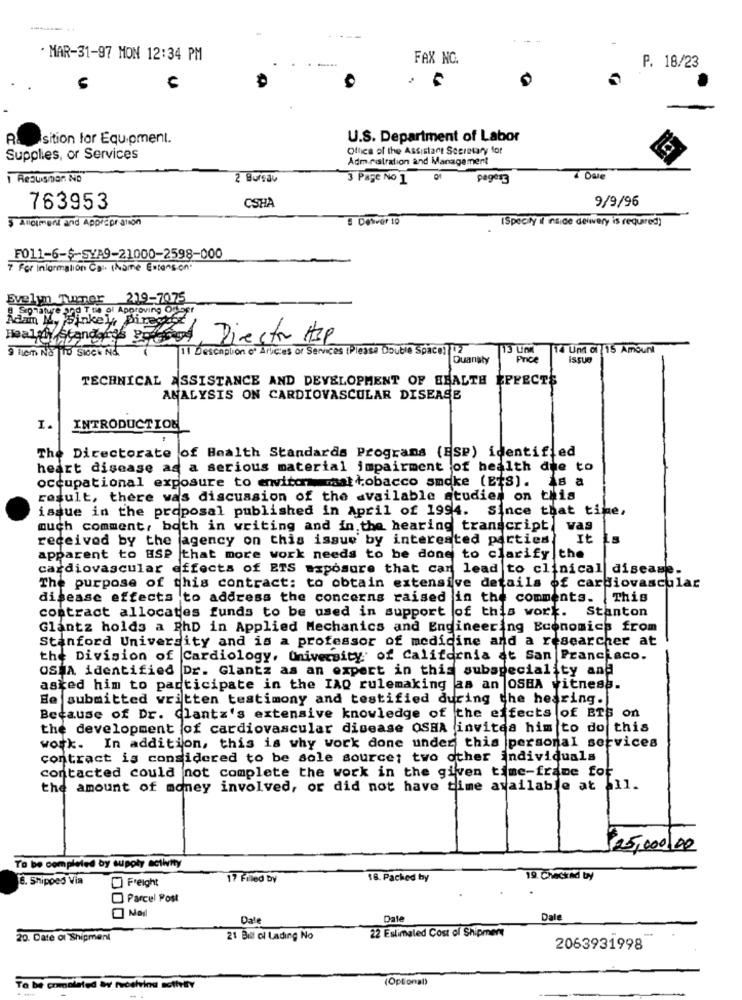
--
. MAR-31-97 MON 12:34 PM
FAX NC.
P. 18/23
sition for Equipment.
U.S. Department of Labor
Office of the Assistant Secretary for
Supplies, or Services
Administration and Management
2 Bursav
3 Page No 1
9/9/96
763953
CSHA
5 Allement and Appropriation
8 Desver 10
ISpecity ( inside dewery is required)
F011-6-$-SYA9-21000-2598-000
7 For Information Ca :. (hame Estenson"
Evelyn nummer 219-7075
8.Sonature 2og The ol Approving Oflber
Health Standard
Diestr 138
11 Descaption o' Arkic:es or Services (Please Double Space) 12
13 Und
14 Und ci 15 Amount
Quanaly
Price
Issue
TECHNICAL ASSISTANCE AND DEVELOPMENT OF HEALTH EFFECTS
ANALYSIS ON CARDIOVASCULAR DISEASE
I.
INTRODUCTION
The Directorate of Health Standards Programs (ESP) identified
heart disease as a serious material impairment of health due to
occupational exposure to envitor mal tobacco smoke (EtS). As a
result, there was discussion of the available studies on this
issue in the proposal published in April of 1994. Since that time,
much comment, both in writing and in the hearing transcript was
received by the agency on this issue by interested parties. It
apparent to ESP that more work needs to be done to clarify the
cardiovascular effects of ETS exposure that can lead to clinical disease.
The purpose of this contract: to obtain extensive details of cardiovascular
disease effects to address the concerns raised in the comments. This
contract allocates funds to be used in support of this work. Stanton
Glantz holds a PhD in Applied Mechanics and Engineering Economics from
Stanford University and is a professor of medicine and a researcher at
the Division of Cardiology, University of California at San Francisco.
OSHA identified Dr. Glantz as an expert in this subspeciality and
asked him to participate in the IAQ rulemaking as an OSHA vitness.
Be submitted written testimony and testified during the hearing.
Because of Dr. Glantz's extensive knowledge of the effects of BTS on
the development of cardiovascular disease OSHA invites him to do this
work. In addition, this is why work done under this personal services
contract is considered to be sole source; two other individuals
contacted could not complete the work in the given time-frame for
the amount of money involved, or did not have time available at all.
$25,000,00
To be completed by supply activity
8. Shipped Via
17 Filed by
18. Packed by
19. Checked by
O Freight
Parcel Post
Dale
Date
Dale
20. Date of Shipment
21 Bill of Lading No
22 Estimated Cost of Shipment
2063931998
(Optional)
Ta be completed W receiving activity